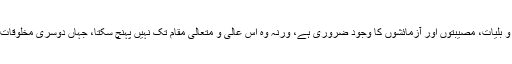
انسان کی اس ترقی کے لیے آفات و بلیات، مصیبتوں اور آزمائشوں کا وجود ضروری ہے، ورنہ وہ اس عالی و متعالی مقام تک نہیں پہنچ سکتا، جہاں دوسری مخلوقات پہنچنے کا سوچ بھی نہیں سکتیں۔